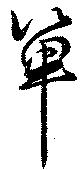
箄